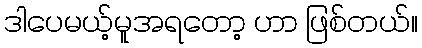
ဒါပေမယ့်မူအရတော့ ဟာ ဖြစ်တယ်။